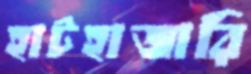
হাটহাজারি